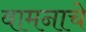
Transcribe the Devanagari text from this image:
वामनाचे